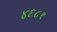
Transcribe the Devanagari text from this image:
४६८१